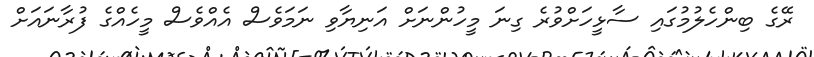
ރޭގެ ބިންހެލުމުގައި ސާޅީހަށްވުރެ ގިނަ މީހުންނަށް އަނިޔާވި ނަމަވެސް އެއްވެސް މީހެއްގެ ފުރާނައަށް